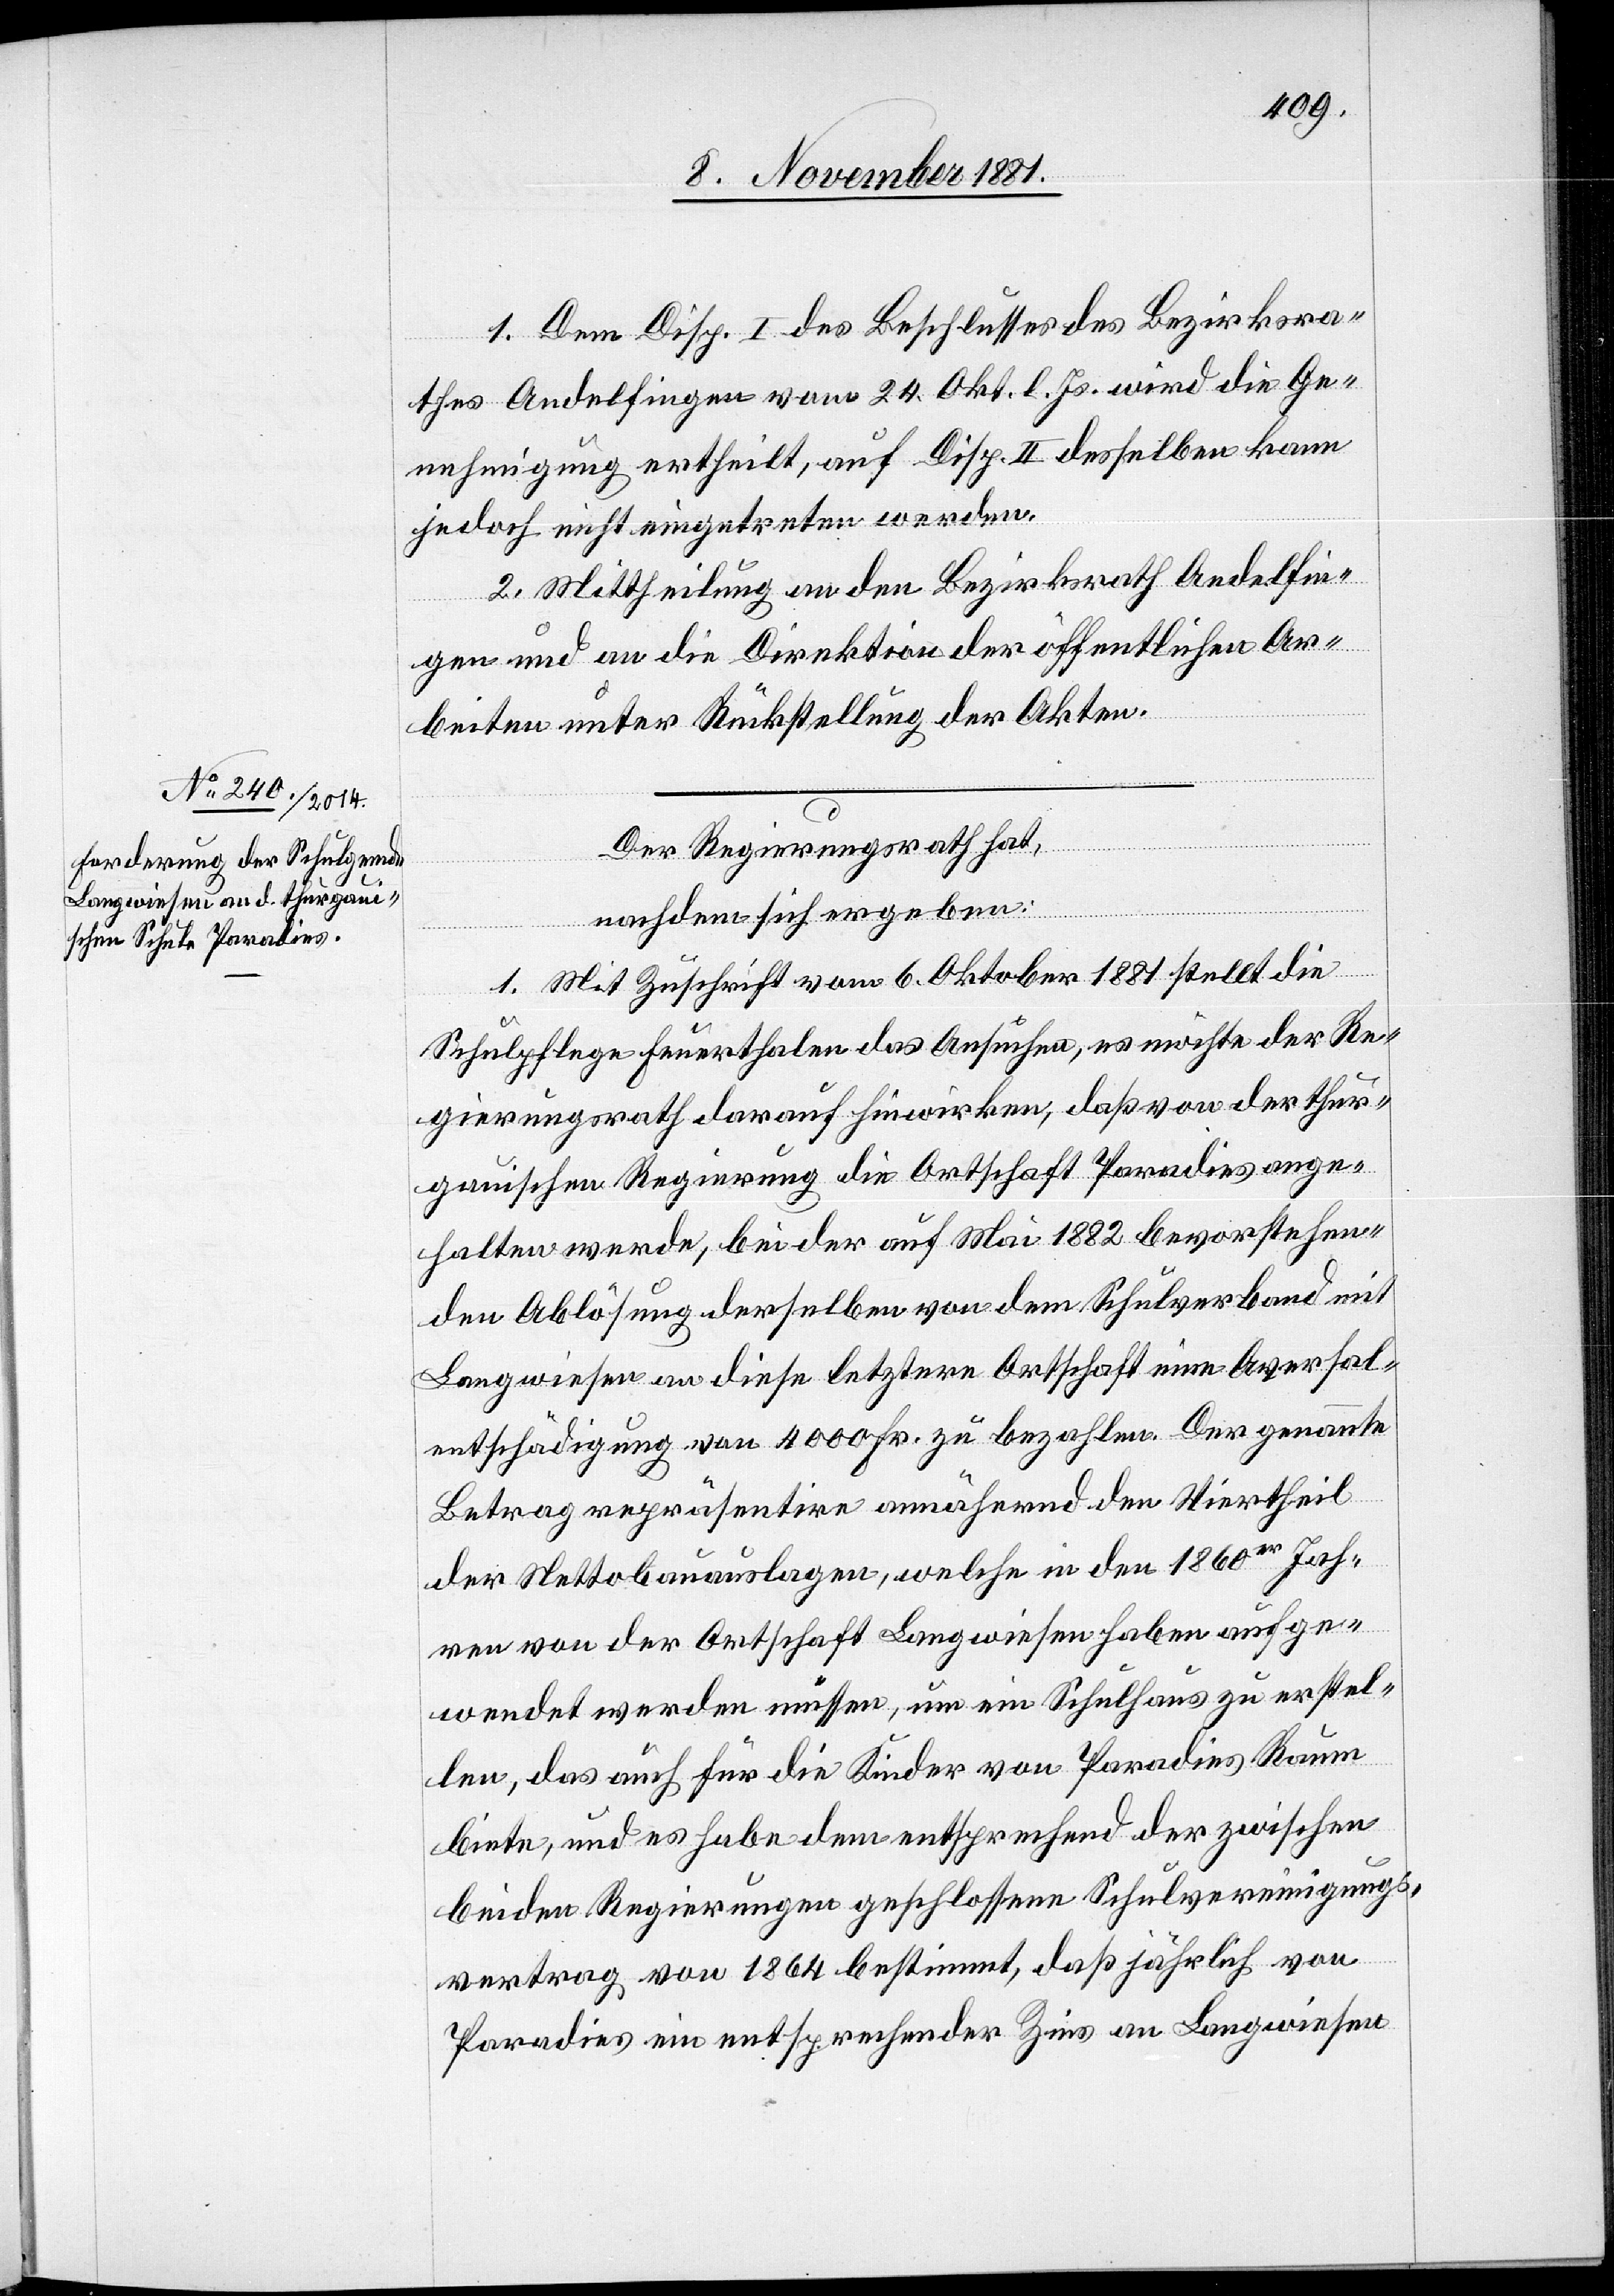
1. Dem Disp. I des Beschlusses des Bezirksra¬
thes Andelfingen vom 24. Okt. l. Js. wird die Ge¬
nehmigung ertheilt, auf Disp. II desselben kann
jedoch nicht eingetreten werden.
2. Mittheilung an den Bezirksrath Andelfin¬
gen und an die Direktion der öffentlichen Ar¬
beiten unter Rückstellung der Akten.
Der Regierungsrath hat,
nachdem sich ergeben:
1. Mit Zuschrift vom 6. Oktober 1881 stellt die
Schulpflege Feuerthalen das Ansuchen, es möchte der Re¬
gierungsrath darauf hinwirken, daß von der thur¬
gauischen Regierung die Ortschaft Paradies ange¬
halten werden, bei der auf Mai 1882 bevorstehen¬
den Ablösung derselben von dem Schulverband mit
Langwiesen an diese letztere Ortschaft eine Aversal¬
entschädigung von 4000 Fr. zu bezahlen. Der genannte
Betrag repräsentire annähernd den Viertheil
der Nettobauauslagen, welche in den 1860er Jah¬
ren von der Ortschaft Langwiesen habe aufge¬
wendet werden müssen, um ein Schulhaus zu erstel¬
len, das auch für die Kinder von Paradies Raum
biete, und es habe dem entsprechend der zwischen
beiden Regierungen geschlossene Schulvereinigungs¬
vertrag von 1864 bestimmt, daß jährlich von
Paradies ein entsprechender Zins an Langwiesen